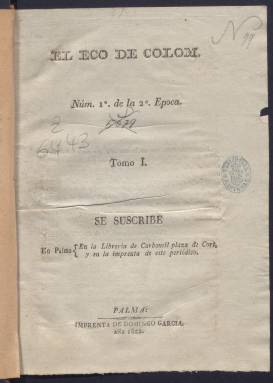
Título: El Eco de Colom
Colección: Periódicos anteriores a 1850
Ámbito geográfico: Baleares
Lugar de publicación: Palma
Fechas: 01/01/1822-29/01/1823